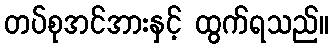
တပ်စုအင်အားနှင့် ထွက်ရသည်။